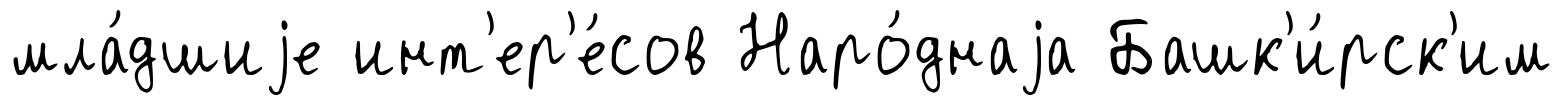
мла́дшиjе инт'ер'е́сов Наро́днаjа Башк'и́рск'им